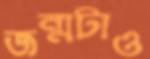
জন্মটাও